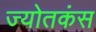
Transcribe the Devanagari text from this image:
ज्योतकंस